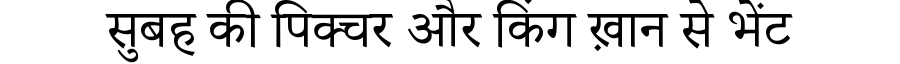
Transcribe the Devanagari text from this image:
सुबह की पिक्चर और किंग ख़ान से भेंट